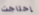
إحتاجت